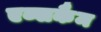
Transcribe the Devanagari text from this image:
एब्सकैम